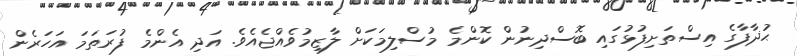
ޙުޛާފާގެ އިސްތަށިފުޅުގައި ބޮސްދިނުން ކޮންމެ މުސްލިމަކަށް ލާޒިމުވެއްޖެއެވެ. އަދި އެންމެ ފުރަތަމަ އަހަރެން